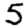
Digit: 5